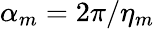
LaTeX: \alpha_{m}=2\pi/\eta_{m}